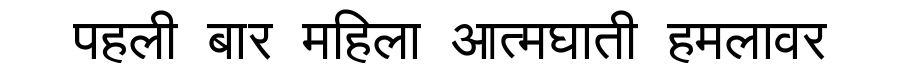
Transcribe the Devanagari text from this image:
पहली बार महिला आत्मघाती हमलावर